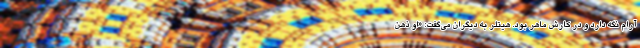
آرام نگه دارد و در کارش ماهر بود. هیتلر به دیگران می‌گفت: «او ذهن